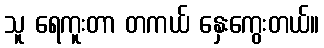
သူ ရေကူးတာ တကယ် နှေးကွေးတယ်။